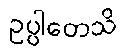
ဥပ္ပါတေသိ